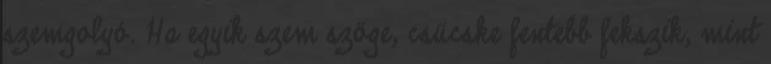
szemgolyó. Ha egyik szem szöge, csücske fentebb fekszik, mint